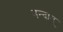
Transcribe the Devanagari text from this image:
नन्दात्